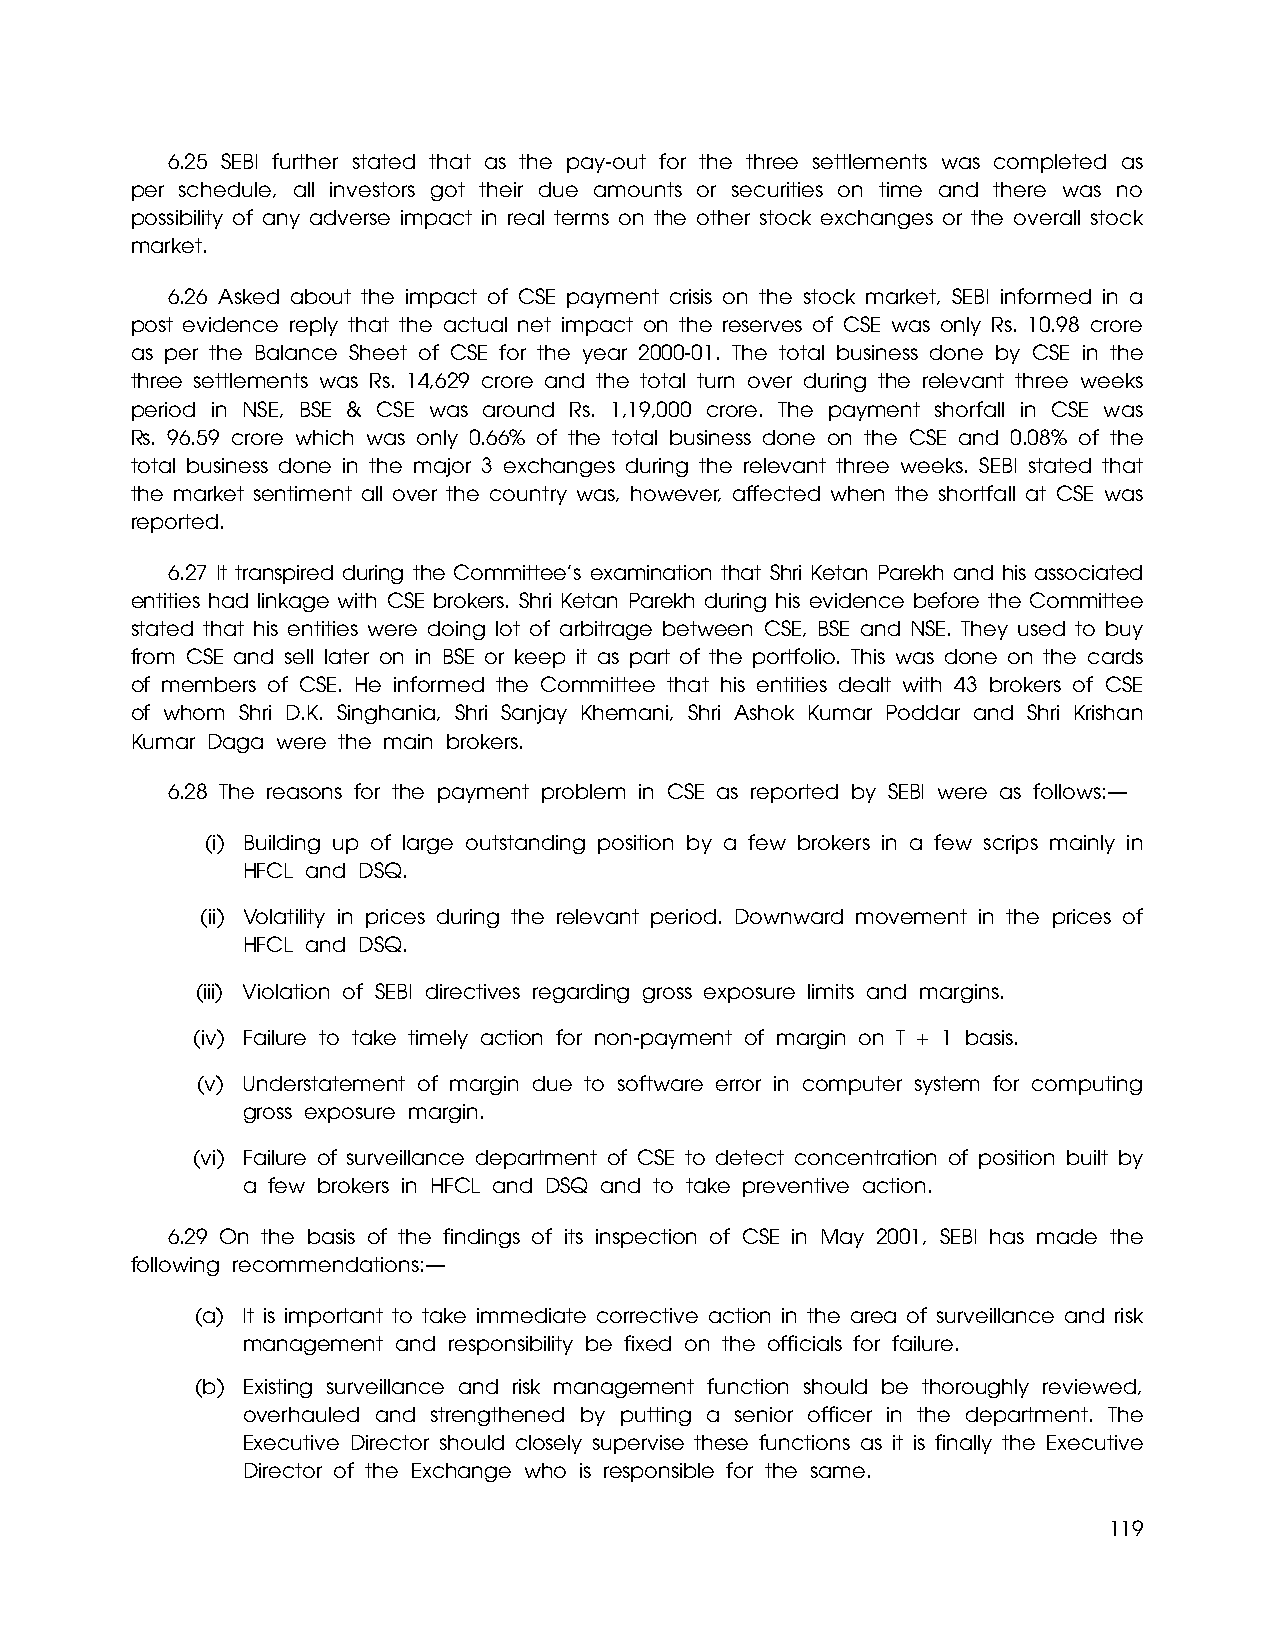
6.25 SEBI further stated that as the pay-out for the three settlements was completed as
 per schedule, all investors got their due amounts or securities on time and there was no
 possibility of any adverse impact in real terms on the other stock exchanges or the overall stock
 market.
 6.26 Asked about the impact of CSE payment crisis on the stock market, SEBI informed in a
 post evidence reply that the actual net impact on the reserves of CSE was only Rs. 10.98 crore
 as per the Balance Sheet of CSE for the year 2000-01. The total business done by CSE in the
 three settlements was Rs. 14,629 crore and the total turn over during the relevant three weeks
 period in NSE, BSE & CSE was around Rs. 1,19,000 crore. The payment shorfall in CSE was
 Rs. 96.59 crore which was only 0.66% of the total business done on the CSE and 0.08% of the
 total business done in the major 3 exchanges during the relevant three weeks. SEBI stated that
 the market sentiment all over the country was, however, affected when the shortfall at CSE was
 reported.
 6.27 It transpired during the Committee’s examination that Shri Ketan Parekh and his associated
 entities had linkage with CSE brokers. Shri Ketan Parekh during his evidence before the Committee
 stated that his entities were doing lot of arbitrage between CSE, BSE and NSE. They used to buy
 from CSE and sell later on in BSE or keep it as part of the portfolio. This was done on the cards
 of members of CSE. He informed the Committee that his entities dealt with 43 brokers of CSE
 of whom Shri D.K. Singhania, Shri Sanjay Khemani, Shri Ashok Kumar Poddar and Shri Krishan
 Kumar Daga were the main brokers.
 6.28 The reasons for the payment problem in CSE as reported by SEBI were as follows:—
 (i) Building up of large outstanding position by a few brokers in a few scrips mainly in
 HFCL and DSQ.
 (ii) Volatility in prices during the relevant period. Downward movement in the prices of
 HFCL and DSQ.
 (iii) Violation of SEBI directives regarding gross exposure limits and margins.
 (iv) Failure to take timely action for non-payment of margin on T + 1 basis.
 (v) Understatement of margin due to software error in computer system for computing
 gross exposure margin.
 (vi) Failure of surveillance department of CSE to detect concentration of position built by
 a few brokers in HFCL and DSQ and to take preventive action.
 6.29 On the basis of the findings of its inspection of CSE in May 2001, SEBI has made the
 following recommendations:—
 (a) It is important to take immediate corrective action in the area of surveillance and risk
 management and responsibility be fixed on the officials for failure.
 (b) Existing surveillance and risk management function should be thoroughly reviewed,
 overhauled and strengthened by putting a senior officer in the department. The
 Executive Director should closely supervise these functions as it is finally the Executive
 Director of the Exchange who is responsible for the same.
 119